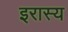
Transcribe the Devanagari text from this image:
इरास्य